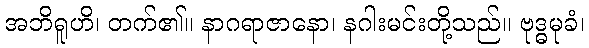
အဘိရူဟိ၊ တက်၏။ နာဂရာဇာနော၊ နဂါးမင်းတို့သည်။ ဗုဒ္ဓမုခံ၊